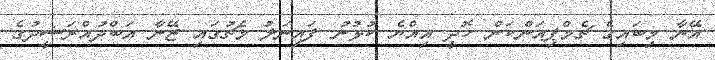
އޭނާ މިބައިގެ ޗެމްޕިއަންކަން ހޮދީ އިއްޔެ ކުޅުނު ފައިނަލު މެޗުގައި ޒޭނާ އަބްދުއްރަޝީދުގެ